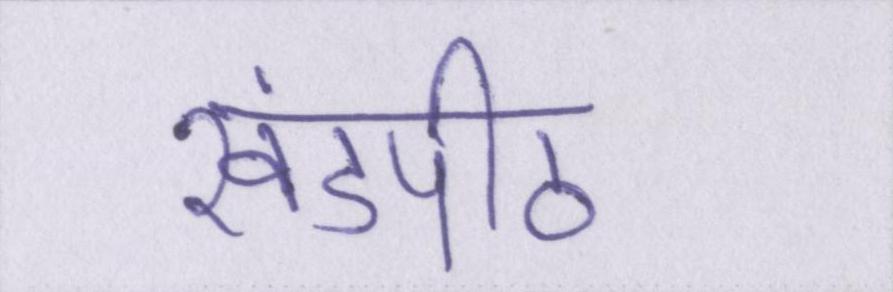
खंडपीठ